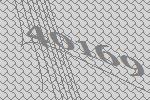
40169